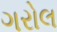
ગરોલ